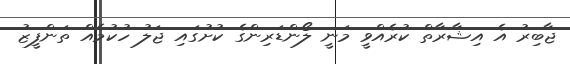
ޖާބިރު އެ އިޝާރާތް ކުރެއްވީ މަނީ ލޯންޑަރިންގެ ކުށުގައި ޖަލު ހުކުމެއް ތަންފީޒު